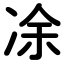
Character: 凃